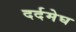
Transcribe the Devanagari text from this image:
दर्दमेघ